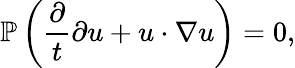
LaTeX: \mathbb{P}\left(\frac{\partial}{t}{\partial u}+u\cdot\nabla u\right)=0,